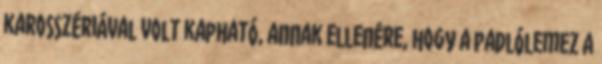
karosszériával volt kapható, annak ellenére, hogy a padlólemez a